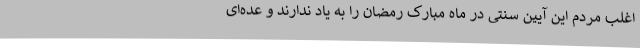
اغلب مردم این آیین سنتی در ماه مبارک رمضان را به یاد ندارند و عده‌ای